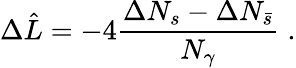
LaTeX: \Delta\hat{L}=-4\frac{\Delta N_{s}-\Delta N_{\bar{s}}}{N_{\gamma}}\; .